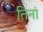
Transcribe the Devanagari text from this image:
तिनां